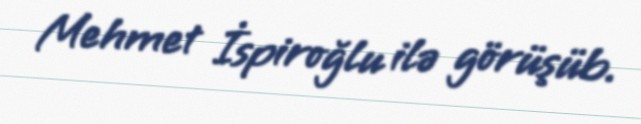
Mehmet İspiroğlu ilə görüşüb.